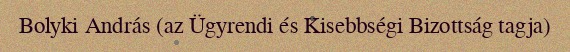
Bolyki András (az Ügyrendi és Kisebbségi Bizottság tagja)